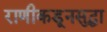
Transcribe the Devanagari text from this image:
राणीकडूनसुद्धा